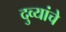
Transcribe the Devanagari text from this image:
दुव्यांचे